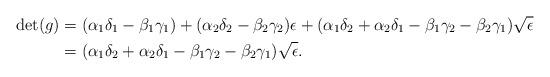
LaTeX: \begin{align*}\det(g) &= (\alpha_1 \delta_1 - \beta_1 \gamma_1) + (\alpha_2 \delta_2 - \beta_2 \gamma_2) \epsilon + (\alpha_1 \delta_2 + \alpha_2 \delta_1 - \beta_1 \gamma_2 - \beta_2 \gamma_1) \sqrt{\epsilon} \\&= (\alpha_1 \delta_2 + \alpha_2 \delta_1 - \beta_1 \gamma_2 - \beta_2 \gamma_1) \sqrt{\epsilon}.\end{align*}